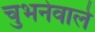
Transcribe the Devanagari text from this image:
चुभनेवाले